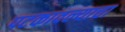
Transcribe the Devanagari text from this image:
पटकावल्याचा